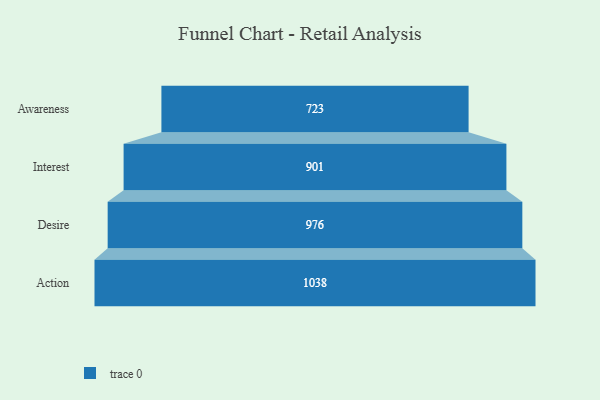
{"axis": {"x": "Stage", "y": "Value"}, "legend": [""], "data": [{"x": "Awareness", "y": 723.0, "type": ""}, {"x": "Interest", "y": 901.0, "type": ""}, {"x": "Desire", "y": 976.0, "type": ""}, {"x": "Action", "y": 1038.0, "type": ""}]}